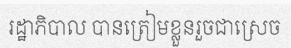
រដ្ឋាភិបាល បានត្រៀមខ្លួនរួចជាស្រេច